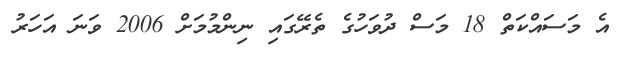
އެ މަސައްކަތް 18 މަސް ދުވަހުގެ ތެރޭގައި ނިންމުމަށް 2006 ވަނަ އަހަރު